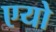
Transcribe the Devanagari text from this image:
एयो